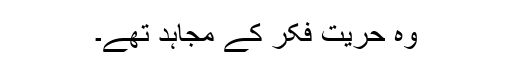
وہ حریت فکر کے مجاہد تھے۔